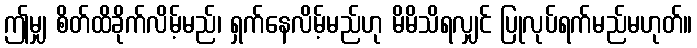
ဤမျှ စိတ်ထိခိုက်လိမ့်မည်၊ ရှက်နေလိမ့်မည်ဟု မိမိသိရလျှင် ပြုလုပ်ရက်မည်မဟုတ်။